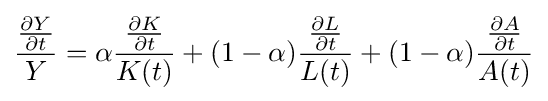
{\frac {\frac {\partial Y}{\partial t}}{Y}}=\alpha {\frac {\frac {\partial K}{\partial t}}{K(t)}}+(1-{\alpha }){\frac {\frac {\partial L}{\partial t}}{L(t)}}+(1-{\alpha }){\frac {\frac {\partial A}{\partial t}}{A(t)}}